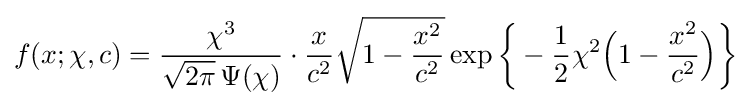
f(x;\chi ,c)={\frac {\chi ^{3}}{{\sqrt {2\pi }}\,\Psi (\chi )}}\cdot {\frac {x}{c^{2}}}{\sqrt {1-{\frac {x^{2}}{c^{2}}}}}\exp {\bigg \{}-{\frac {1}{2}}\chi ^{2}{\Big (}1-{\frac {x^{2}}{c^{2}}}{\Big )}{\bigg \}}